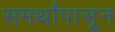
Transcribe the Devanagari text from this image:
समर्थांपासून